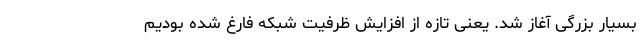
بسیار بزرگی آغاز شد. یعنی تازه از افزایش ظرفیت شبکه فارغ شده بودیم